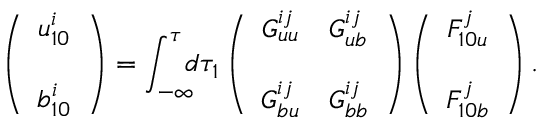
\left( { \begin{array} { c } { u _ { 1 0 } ^ { i } } \\ { b _ { 1 0 } ^ { i } \rule { 0 ex } { 5 ex } } \end{array} } \right) = \int _ { - \infty } ^ { \tau } \! \! \! d \tau _ { 1 } \left( { \begin{array} { c c } { G _ { u u } ^ { i j } } & { G _ { u b } ^ { i j } } \\ { G _ { b u } ^ { i j } } & { G _ { b b } ^ { i j } \rule { 0 ex } { 5 ex } } \end{array} } \right) \left( { \begin{array} { c } { F _ { 1 0 u } ^ { j } } \\ { F _ { 1 0 b } ^ { j } \rule { 0 ex } { 5 ex } } \end{array} } \right) .